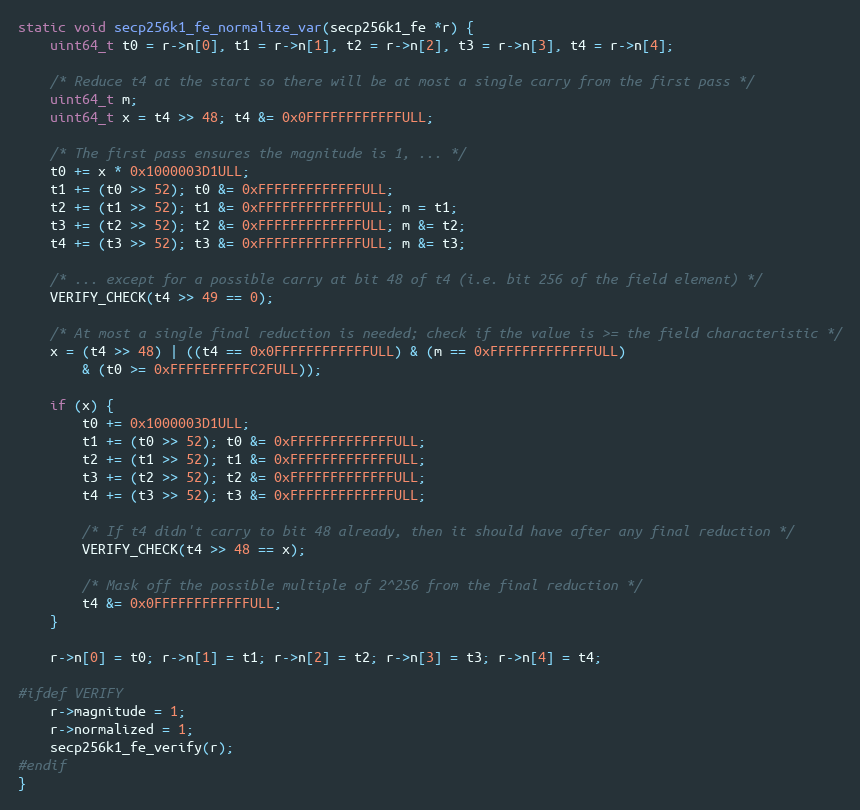
Language: C
static void secp256k1_fe_normalize_var(secp256k1_fe *r) {
    uint64_t t0 = r->n[0], t1 = r->n[1], t2 = r->n[2], t3 = r->n[3], t4 = r->n[4];

    /* Reduce t4 at the start so there will be at most a single carry from the first pass */
    uint64_t m;
    uint64_t x = t4 >> 48; t4 &= 0x0FFFFFFFFFFFFULL;

    /* The first pass ensures the magnitude is 1, ... */
    t0 += x * 0x1000003D1ULL;
    t1 += (t0 >> 52); t0 &= 0xFFFFFFFFFFFFFULL;
    t2 += (t1 >> 52); t1 &= 0xFFFFFFFFFFFFFULL; m = t1;
    t3 += (t2 >> 52); t2 &= 0xFFFFFFFFFFFFFULL; m &= t2;
    t4 += (t3 >> 52); t3 &= 0xFFFFFFFFFFFFFULL; m &= t3;

    /* ... except for a possible carry at bit 48 of t4 (i.e. bit 256 of the field element) */
    VERIFY_CHECK(t4 >> 49 == 0);

    /* At most a single final reduction is needed; check if the value is >= the field characteristic */
    x = (t4 >> 48) | ((t4 == 0x0FFFFFFFFFFFFULL) & (m == 0xFFFFFFFFFFFFFULL)
        & (t0 >= 0xFFFFEFFFFFC2FULL));

    if (x) {
        t0 += 0x1000003D1ULL;
        t1 += (t0 >> 52); t0 &= 0xFFFFFFFFFFFFFULL;
        t2 += (t1 >> 52); t1 &= 0xFFFFFFFFFFFFFULL;
        t3 += (t2 >> 52); t2 &= 0xFFFFFFFFFFFFFULL;
        t4 += (t3 >> 52); t3 &= 0xFFFFFFFFFFFFFULL;

        /* If t4 didn't carry to bit 48 already, then it should have after any final reduction */
        VERIFY_CHECK(t4 >> 48 == x);

        /* Mask off the possible multiple of 2^256 from the final reduction */
        t4 &= 0x0FFFFFFFFFFFFULL;
    }

    r->n[0] = t0; r->n[1] = t1; r->n[2] = t2; r->n[3] = t3; r->n[4] = t4;

#ifdef VERIFY
    r->magnitude = 1;
    r->normalized = 1;
    secp256k1_fe_verify(r);
#endif
}